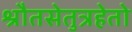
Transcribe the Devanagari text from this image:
श्रौतसेतुत्रहेतो